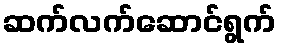
ဆက်လက်ဆောင်ရွက်